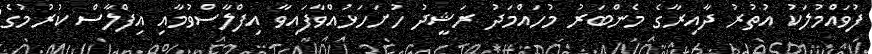
ފުވައްމުލަކު އުތުރު ދާއިރާގެ މެންބަރު މުހައްމަދު ރަޝީދު ހުށަހަޅުއްވާފައިވާ އިފްލާސްވުމާއި އިފްލާސް ކުރުމުގެ